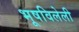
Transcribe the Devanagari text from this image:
भूषविलेली